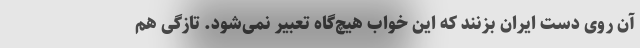
آن روی دست ایران بزنند که این خواب هیچ‌گاه تعبیر نمی‌شود. تازگی هم